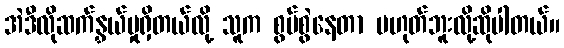
အဲဒီလိုဆက်နွှယ်မှုရှိတယ်လို့ သူက စွပ်စွဲနေတာ မဟုတ်ဘူးလို့ဆိုပါတယ်။